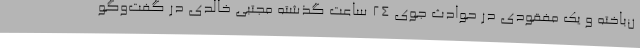
ن‌باخته و یک مفقودی در حوادث جوی 24 ساعت گذشته مجتبی خالدی در گفت‌وگو